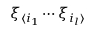
\xi _ { \langle i _ { 1 } } \cdots \xi _ { i _ { l } \rangle }